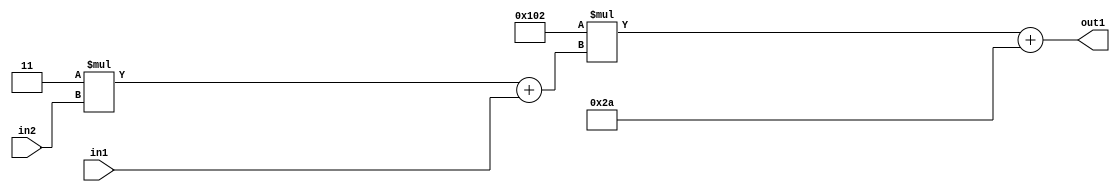
`timescale 1ps / 1ps
/*****************************************************************************
    Verilog RTL Description
    
    
    Created by: Stratus DpOpt 2019.1.01 
*******************************************************************************/

module DC_Filter_Add2i42Mul2i258Add2u1Mul2i3u2_4 (
	in2,
	in1,
	out1
	); /* architecture "behavioural" */ 
input [1:0] in2;
input  in1;
output [11:0] out1;
wire [11:0] asc001;
wire [3:0] asc002;

wire [3:0] asc002_tmp_0;
assign asc002_tmp_0 = 
	+(4'B0011 * in2);
assign asc002 = asc002_tmp_0
	+(in1);

wire [11:0] asc001_tmp_1;
assign asc001_tmp_1 = 
	+(12'B000100000010 * asc002);
assign asc001 = asc001_tmp_1
	+(12'B000000101010);

assign out1 = asc001;
endmodule

/* CADENCE  v7bzSwo= : u9/ySgnWtBlWxVPRXgAZ4Og= ** DO NOT EDIT THIS LINE ******/